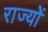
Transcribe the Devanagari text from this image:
राज्योें